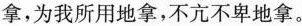
拿，为我所用地拿，不亢不卑地拿。